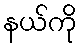
နယ်ကို